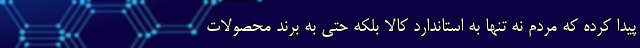
پیدا کرده که مردم نه تنها به استاندارد کالا بلکه حتی به برند محصولات